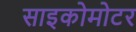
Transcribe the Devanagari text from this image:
साइकोमोटर